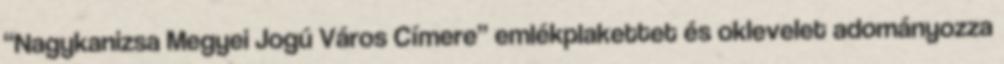
“Nagykanizsa Megyei Jogú Város Címere” emlékplakettet és oklevelet adományozza